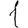
Digit: 1